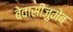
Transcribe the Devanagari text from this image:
बेवासीज़ुमेब